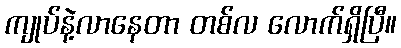
ကျုပ်နဲ့လာနေတာ တစ်လ လောက်ရှိပြီ။